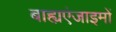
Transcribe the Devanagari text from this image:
बाह्यएंजाइमों